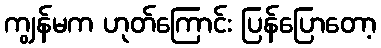
ကျွန်မက ဟုတ်ကြောင်း ပြန်ပြောတော့